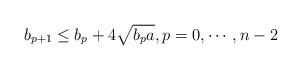
LaTeX: \begin{align*}b_{p+1}\leq b_p+4\sqrt{b_p a}, p=0, \cdots, n-2\end{align*}